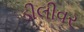
ડીલીવર